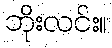
ဘိုးလင်း။